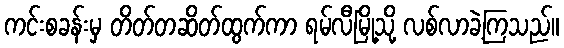
ကင်းစခန်းမှ တိတ်တဆိတ်ထွက်ကာ ရမ်လီမြို့သို့ လစ်လာခဲ့ကြသည်။